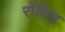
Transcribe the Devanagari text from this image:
रोंपिन